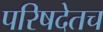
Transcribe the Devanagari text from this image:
परिषदेतच